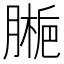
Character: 𫆱